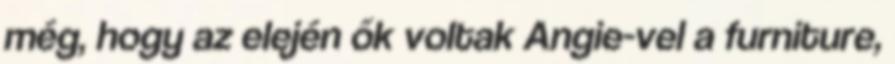
még, hogy az elején ők voltak Angie-vel a furniture,